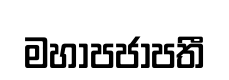
මහාපජාපතී